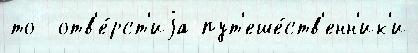
то  отв'е́рст'иjа пут'еше́ств'енн'ик'и